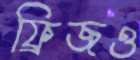
ফ্রিজও